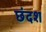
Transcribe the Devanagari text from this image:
छंदश